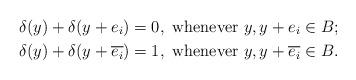
LaTeX: \begin{align*}& \delta(y)+\delta(y+e_i)=0,\textrm{ whenever } y, y+e_i\in B; \\& \delta(y)+\delta(y+\overline{e_i})=1, \textrm{ whenever } y, y+\overline{e_i}\in B.\end{align*}